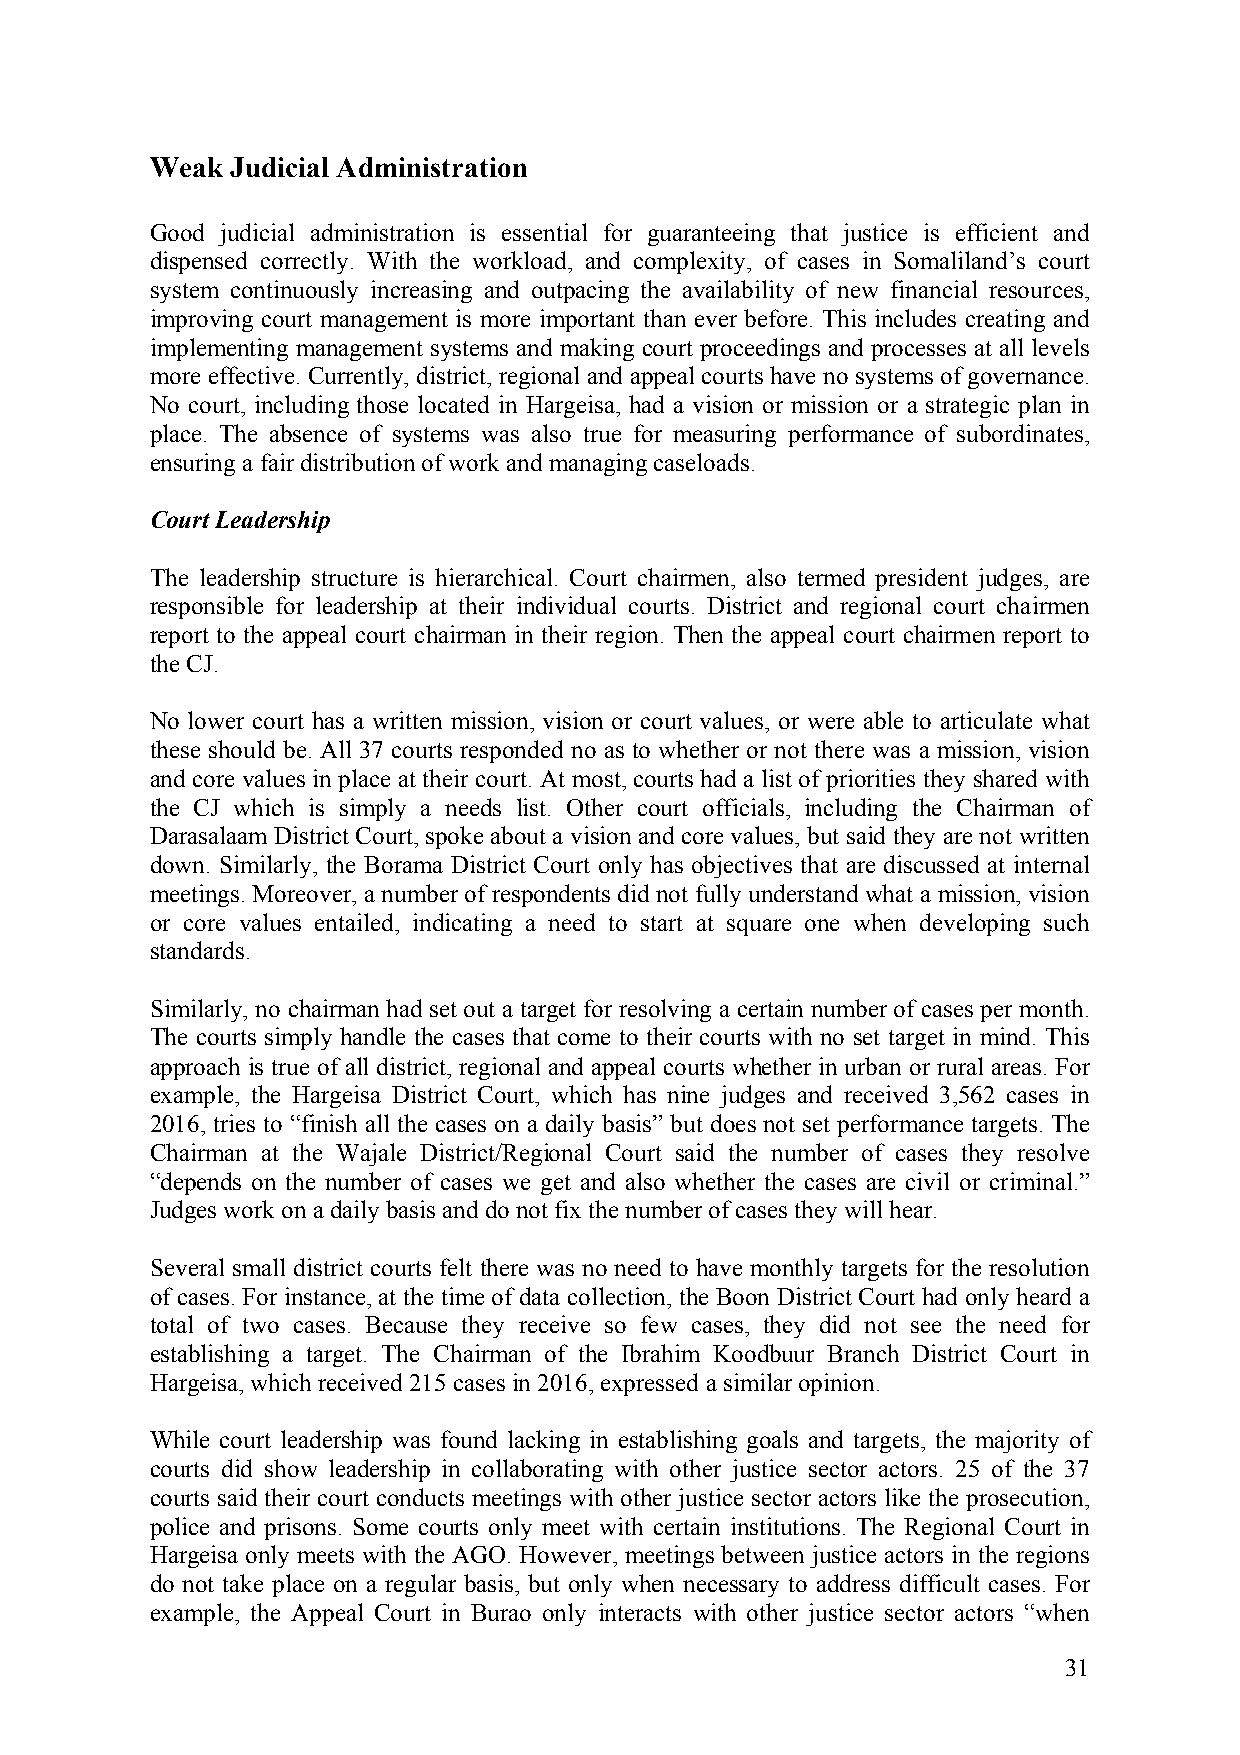
Weak Judicial Administration
 Good judicial administration is essential for guaranteeing that justice is efficient and
 dispensed correctly. With the workload, and complexity, of cases in Somaliland’s court
 system continuously increasing and outpacing the availability of new financial resources,
 improving court management is more important than ever before. This includes creating and
 implementing management systems and making court proceedings and processes at all levels
 more effective. Currently, district, regional and appeal courts have no systems of governance.
 No court, including those located in Hargeisa, had a vision or mission or a strategic plan in
 place. The absence of systems was also true for measuring performance of subordinates,
 ensuring a fair distribution of work and managing caseloads.
 Court Leadership
 The leadership structure is hierarchical. Court chairmen, also termed president judges, are
 responsible for leadership at their individual courts. District and regional court chairmen
 report to the appeal court chairman in their region. Then the appeal court chairmen report to
 the CJ.
 No lower court has a written mission, vision or court values, or were able to articulate what
 these should be. All 37 courts responded no as to whether or not there was a mission, vision
 and core values in place at their court. At most, courts had a list of priorities they shared with
 the CJ which is simply a needs list. Other court officials, including the Chairman of
 Darasalaam District Court, spoke about a vision and core values, but said they are not written
 down. Similarly, the Borama District Court only has objectives that are discussed at internal
 meetings. Moreover, a number of respondents did not fully understand what a mission, vision
 or core values entailed, indicating a need to start at square one when developing such
 standards.
 Similarly, no chairman had set out a target for resolving a certain number of cases per month.
 The courts simply handle the cases that come to their courts with no set target in mind. This
 approach is true of all district, regional and appeal courts whether in urban or rural areas. For
 example, the Hargeisa District Court, which has nine judges and received 3,562 cases in
 2016, tries to “finish all the cases on a daily basis” but does not set performance targets. The
 Chairman at the Wajale District/Regional Court said the number of cases they resolve
 “depends on the number of cases we get and also whether the cases are civil or criminal.”
 Judges work on a daily basis and do not fix the number of cases they will hear.
 Several small district courts felt there was no need to have monthly targets for the resolution
 of cases. For instance, at the time of data collection, the Boon District Court had only heard a
 total of two cases. Because they receive so few cases, they did not see the need for
 establishing a target. The Chairman of the Ibrahim Koodbuur Branch District Court in
 Hargeisa, which received 215 cases in 2016, expressed a similar opinion.
 While court leadership was found lacking in establishing goals and targets, the majority of
 courts did show leadership in collaborating with other justice sector actors. 25 of the 37
 courts said their court conducts meetings with other justice sector actors like the prosecution,
 police and prisons. Some courts only meet with certain institutions. The Regional Court in
 Hargeisa only meets with the AGO. However, meetings between justice actors in the regions
 do not take place on a regular basis, but only when necessary to address difficult cases. For
 example, the Appeal Court in Burao only interacts with other justice sector actors “when
 31